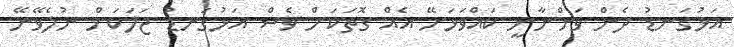
އަޅުގަނޑު ދެން ވަންނާނީ ކައްވަޅަށޭ އެއް ގޮތަކަށް ވެސް އަޅުގަނޑު ޖަލަކަށް ނުލެވޭނޭ